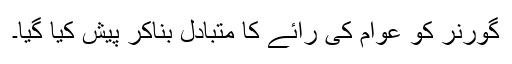
گورنر کو عوام کی رائے کا متبادل بناکر پیش کیا گیا۔